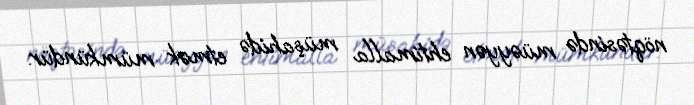
nöqtəsində müəyyən ehtimalla müşahidə etmək mümkündür.